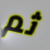
ثم